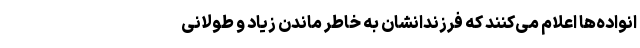
انواده‌ها اعلام می‌کنند که فرزندانشان به خاطر ماندن زیاد و طولانی